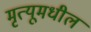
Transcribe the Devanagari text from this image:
मृत्यूमधील